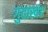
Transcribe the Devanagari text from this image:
गुदाखंड